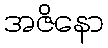
အဇိနော